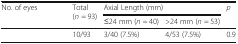
<table><thead><tr><td rowspan="2"><b>No. of eyes</b></td><td rowspan="2"><b>Total (<i>n</i> = 93)</b></td><td colspan="2"><b>Axial Length (mm)</b></td><td rowspan="2"><b><i>p</i></b></td></tr><tr><td><b>≤24 mm (<i>n</i> = 40)</b></td><td><b>&gt;24 mm (<i>n</i> = 53)</b></td></tr></thead><tbody><tr><td>[EMPTY_CELL]</td><td>10/93</td><td>3/40 (7.5%)</td><td>4/53 (7.5%)</td><td>0.9</td></tr></tbody></table>